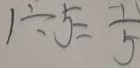
1 \div 5 = \frac { 1 } { 5 }